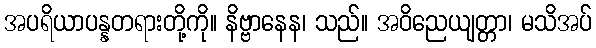
အပရိယာပန္နတရားတို့ကို။ နိဗ္ဗာနေန၊ သည်။ အဝိညေယျတ္တာ၊ မသိအပ်